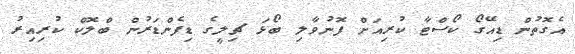
އެގޮތުން ޑިއޭގޯ ކޯސްޓާ ކުރިއަށް ފޮނުވާލި ބޯޅަ ޗިލީގެ ޑިފެންޑަރުން ބްލޮކް ކުރިއިރު